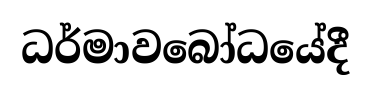
ධර්මාවබෝධයේදී